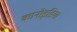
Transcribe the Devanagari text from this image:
कानोइडिया